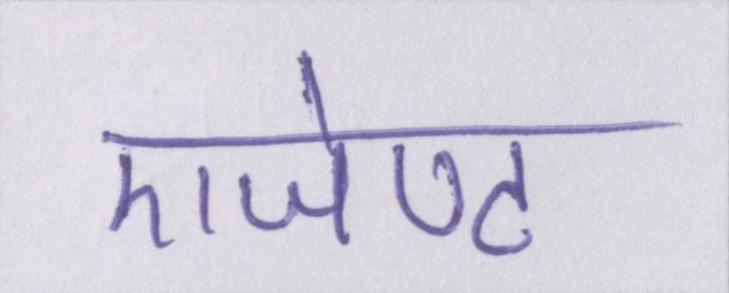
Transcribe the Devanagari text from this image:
एजेण्ट